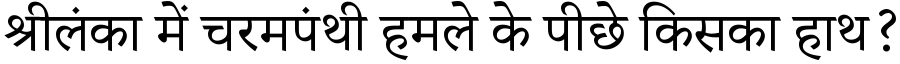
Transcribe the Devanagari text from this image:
श्रीलंका में चरमपंथी हमले के पीछे किसका हाथ?